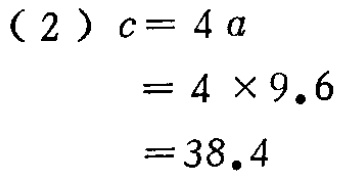
\[

\begin{align*}

c&=4a\\

&=4\times9.6\\

&=38.4

\end{align*}

\]